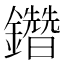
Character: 𨯩